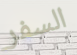
السفر